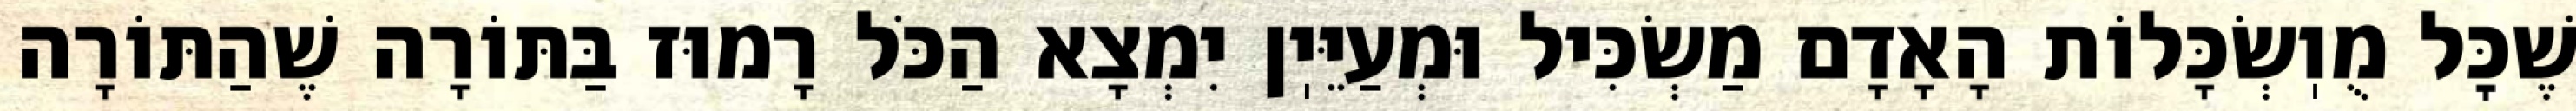
שֶׁכׇּל מֻוֽשְׂכָּלוֹת הָאָדָם מַשְׂכִּיל וּמְעַיֵּיֽן יִמְצָא הַכֹּל רָמוּז בַּתּוֹרָה שֶׁהַתּוֹרָה